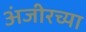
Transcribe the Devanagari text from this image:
अंजीरच्या